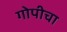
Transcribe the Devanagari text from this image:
गोपीचा